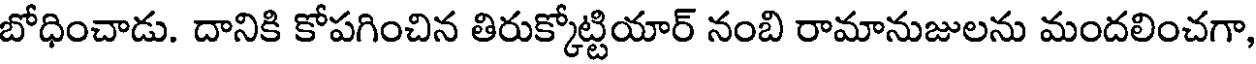
బోధించాడు. దానికి కోపగించిన తిరుక్కోట్టియార్ నంబి రామానుజులను మందలించగా,